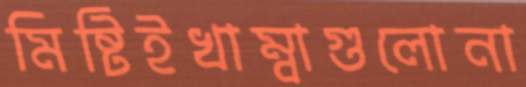
মিষ্টিইখাম্বাগুলোনা